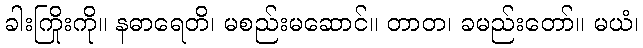
ခါးကြိုးကို။ နဓာရေတိ၊ မစည်းမဆောင်။ တာတ၊ ခမည်းတော်။ မယံ၊